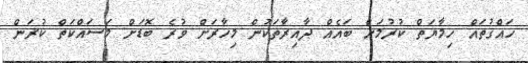
ހައްގުތައް ހިމާޔަތް ކުރުމަށް ބައެއް ދާއިރާތަކުން މިހާރަށް ވުރެ ބޮޑަށް މަސައްކަތް ކުރަން